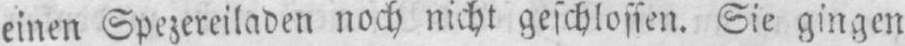
einen Spezereiladen noch nicht geschlossen. Sie gingen